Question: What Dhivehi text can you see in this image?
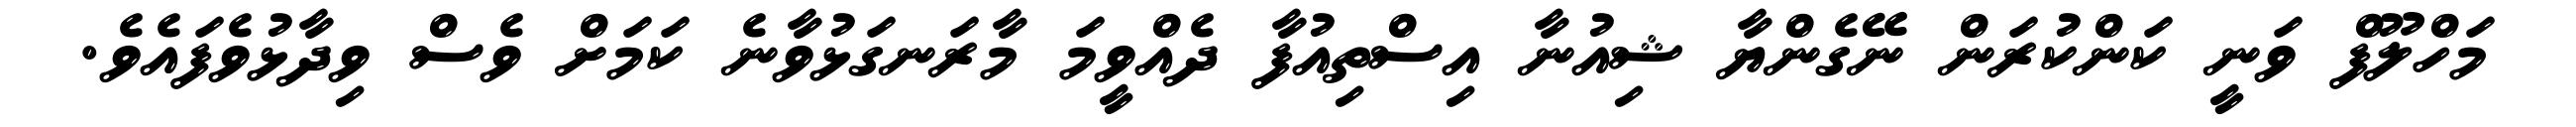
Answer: މަހްލޫފް ވަނީ ކަންކުރަން ނޭގެންޔާ ޝިއުނާ އިސްތިއުފާ ދެއްވީމަ މާރަނގަޅުވާނެ ކަމަށް ވެސް ވިދާޅުވެފައެވެ.